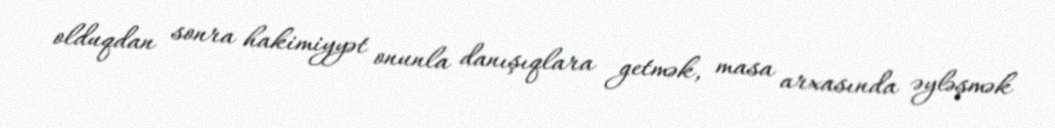
olduqdan sonra hakimiyyət onunla danışıqlara getmək, masa arxasında əyləşmək